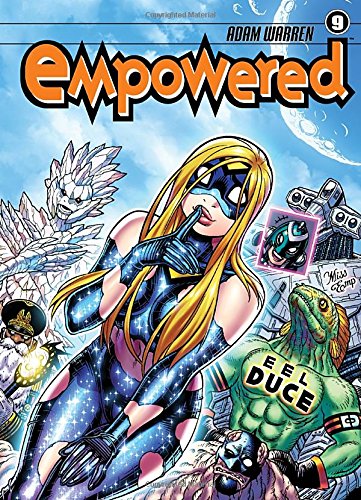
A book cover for Empowered Volume 9; Adam Warren; Comics & Graphic Novels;